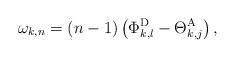
LaTeX: \begin{align*} {\omega _{k,n}} = \left( {n - 1} \right)\left( {{\Phi _{{k},{l}}^{\rm{D}}} - {\Theta _{k,{j}}^{\rm{A}}}} \right),\end{align*}